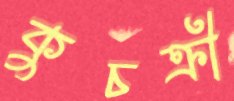
কুচক্রী